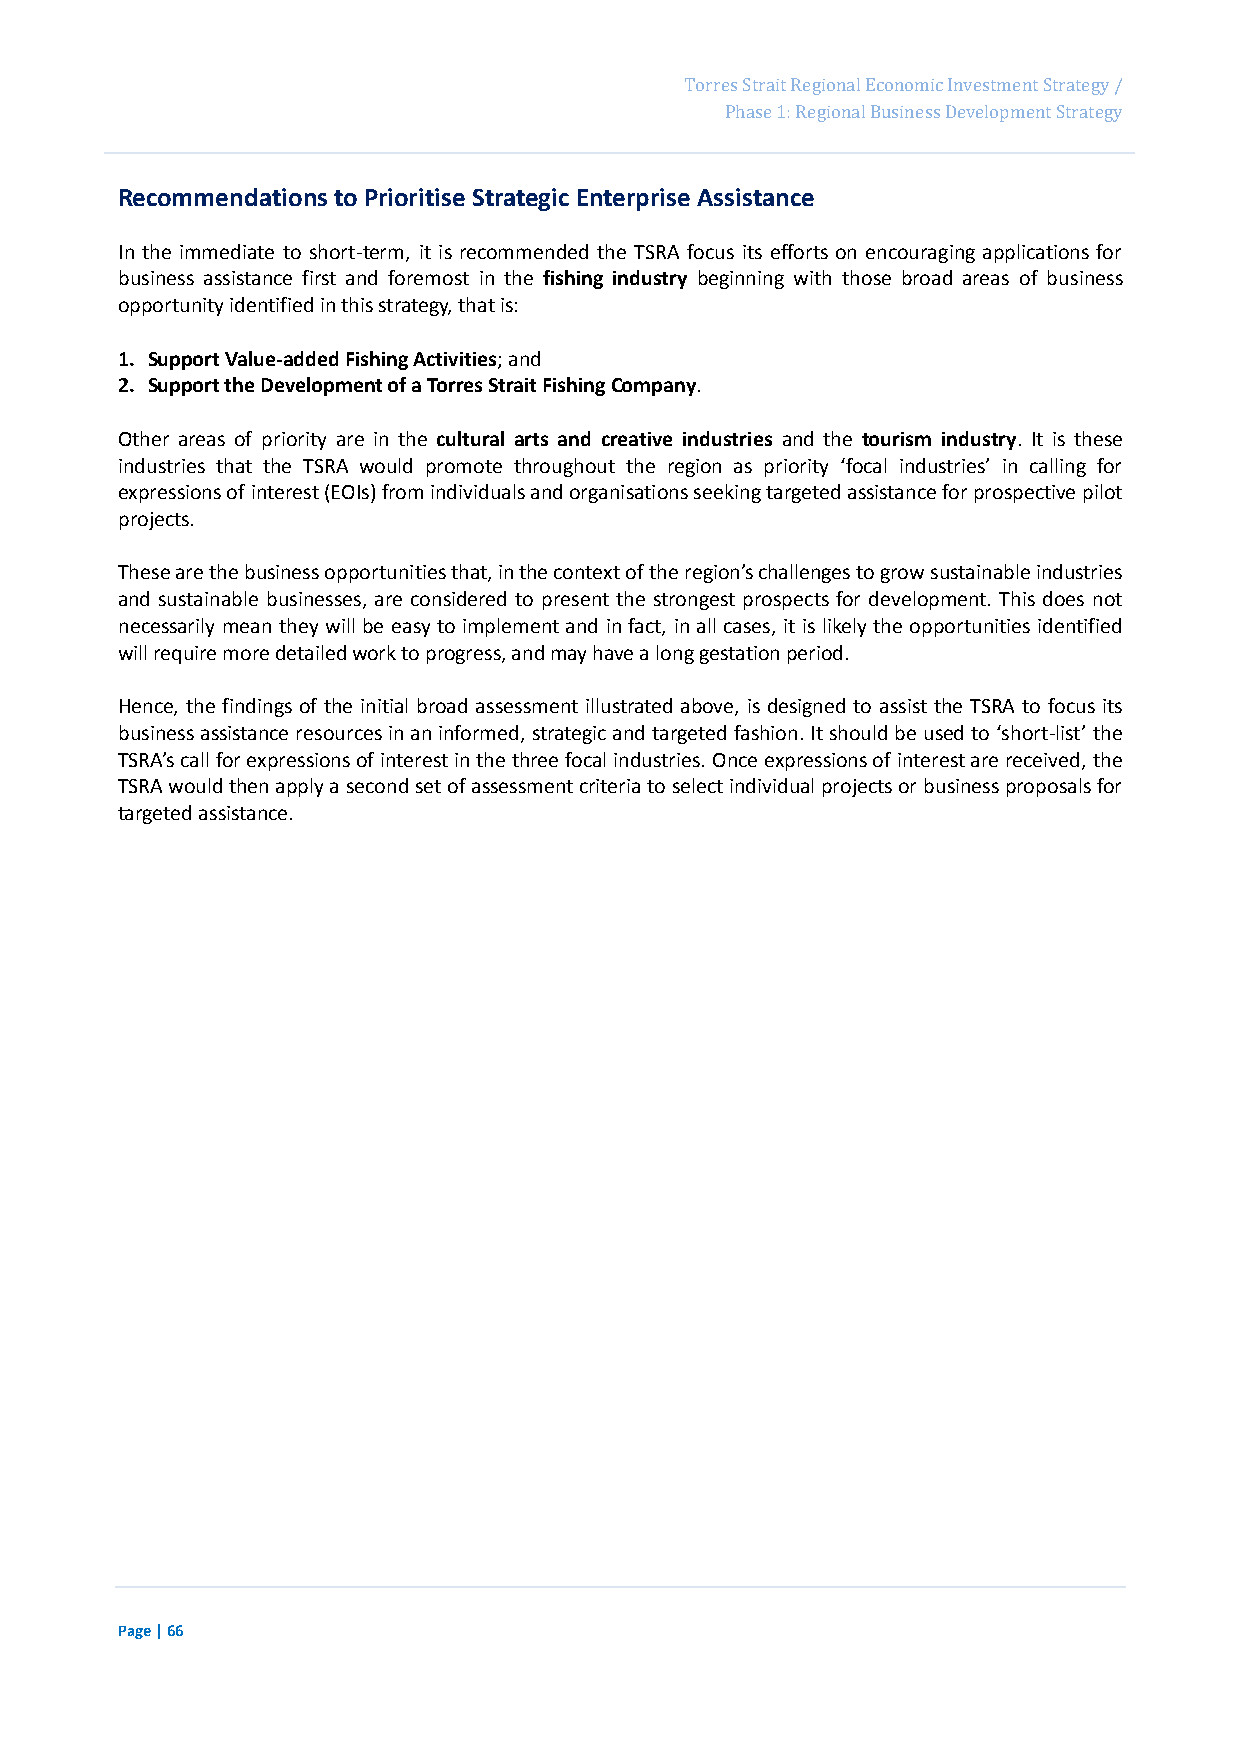
Page 82
 Torres Strait Regional Economic Investment Strategy /
 Phase 1: Regional Business Development Strategy
 Recommendations to Prioritise Strategic Enterprise Assistance
 In the immediate to short-term, it is recommended the TSRA focus its efforts on encouraging applications for
 business assistance first and foremost in the fishing industry beginning with those broad areas of business
 opportunity identified in this strategy, that is:
 1. Support Value-added Fishing Activities; and
 2. Support the Development of a Torres Strait Fishing Company.
 Other areas of priority are in the cultural arts and creative industries and the tourism industry. It is these
 industries that the TSRA would promote throughout the region as priority ‘focal industries’ in calling for
 expressions of interest (EOIs) from individuals and organisations seeking targeted assistance for prospective pilot
 projects.
 These are the business opportunities that, in the context of the region’s challenges to grow sustainable industries
 and sustainable businesses, are considered to present the strongest prospects for development. This does not
 necessarily mean they will be easy to implement and in fact, in all cases, it is likely the opportunities identified
 will require more detailed work to progress, and may have a long gestation period.
 Hence, the findings of the initial broad assessment illustrated above, is designed to assist the TSRA to focus its
 business assistance resources in an informed, strategic and targeted fashion. It should be used to ‘short-list’ the
 TSRA’s call for expressions of interest in the three focal industries. Once expressions of interest are received, the
 TSRA would then apply a second set of assessment criteria to select individual projects or business proposals for
 targeted assistance.
 Page | 66